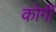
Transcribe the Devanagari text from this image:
कोर्गी